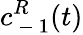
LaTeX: c_{\mathrm{~-~}1}^{R}(t)